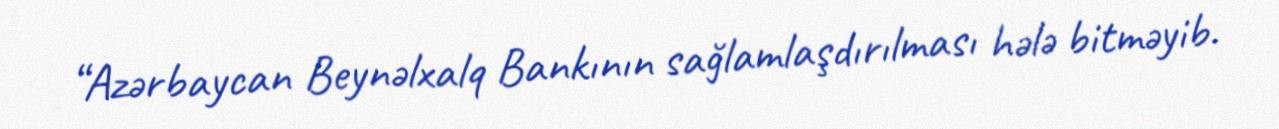
“Azərbaycan Beynəlxalq Bankının sağlamlaşdırılması hələ bitməyib.